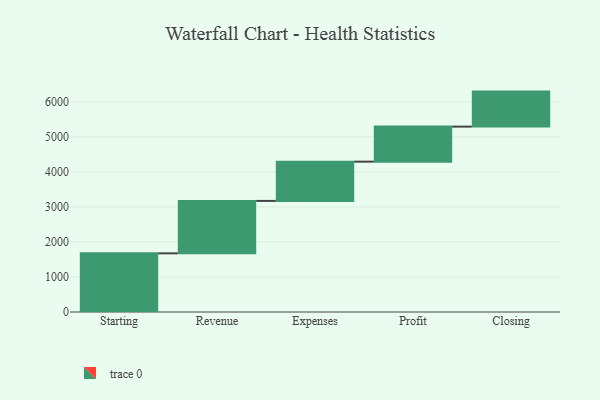
{"axis": {"x": "Step", "y": "Value"}, "legend": [""], "data": [{"x": "Starting", "y": 1675.0, "type": ""}, {"x": "Revenue", "y": 1497.0, "type": ""}, {"x": "Expenses", "y": 1121.0, "type": ""}, {"x": "Profit", "y": 1000, "type": ""}, {"x": "Closing", "y": 1000, "type": ""}]}